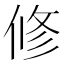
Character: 修